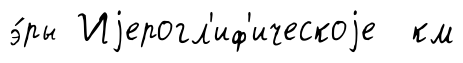
э́ры Иjерогл'иф'ическоjе км